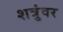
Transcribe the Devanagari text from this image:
शत्रुंवर